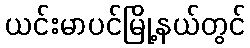
ယင်းမာပင်မြို့နယ်တွင်